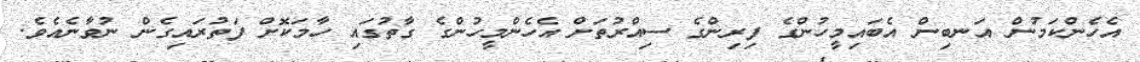
އެހެންކަމުން އަނބިން އެބައިމީހުންގެ ފިރިންގެ ސިއްރުތަށް އެހެންމީހުންގެ ގާތުގައި ހާމަކޮށް ފަތުރައިގެން ނުވާނެއެވެ.